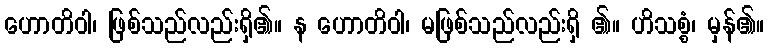
ဟောတိဝါ၊ ဖြစ်သည်လည်းရှိ၏။ န ဟောတိဝါ၊ မဖြစ်သည်လည်းရှိ ၏။ ဟိသစ္စံ၊ မှန်၏။